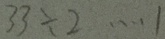
3 3 \div 2 \cdots 1